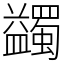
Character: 蠲